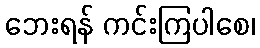
ဘေးရန် ကင်းကြပါစေ၊